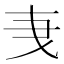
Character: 𬼞